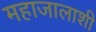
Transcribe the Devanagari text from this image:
महाजालाशी